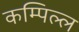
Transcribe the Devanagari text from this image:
कम्पिल्ल